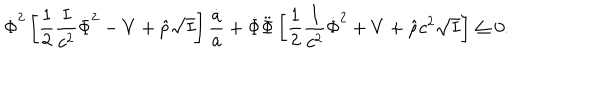
LaTeX: \dot { \Phi } ^ { 2 } \left[ { \frac { 1 } { 2 } } { \frac { I } { c ^ { 2 } } } \dot { \Phi } ^ { 2 } - V + \hat { p } \sqrt { I } \right] { \frac { \dot { a } } { a } } + \dot { \Phi } \ddot { \Phi } \left[ { \frac { 1 } { 2 } } { \frac { I } { c ^ { 2 } } } \dot { \Phi } ^ { 2 } + V + \hat { \rho } c ^ { 2 } \sqrt { I } \right] \leq 0 .